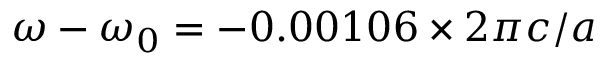
\omega - \omega _ { 0 } = - 0 . 0 0 1 0 6 \times 2 \pi c / a